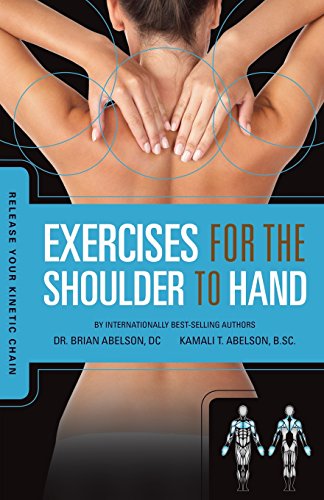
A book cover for Release Your Kinetic Chain with Exercises for the Shoulder to Hand; Brian James Abelson; Medical Books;